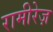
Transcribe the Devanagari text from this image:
रामीरेज़